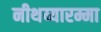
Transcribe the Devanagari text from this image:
नीथय्यारम्मा